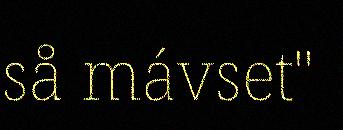
så mávset"